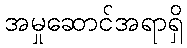
အမှုဆောင်အရာရှိ